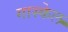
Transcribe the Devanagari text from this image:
गास्केल